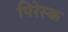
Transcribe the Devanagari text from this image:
पिरेस्क